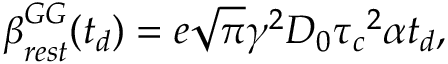
\boldsymbol { \beta } _ { r e s t } ^ { G G } ( t _ { d } ) = e \sqrt { \pi } \gamma ^ { 2 } D _ { 0 } \boldsymbol { \tau _ { c } } ^ { 2 } \alpha t _ { d } ,